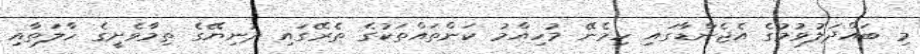
މި ބައްދަލުވުމުގެ އެޖެންޑާގައި ހިމެނޭ މުހިއްމު ކަންތައްތަކުގެ ތެރޭގައި ދުނިޔޭގެ ތިމާވެށީގެ ހާލަތާއި